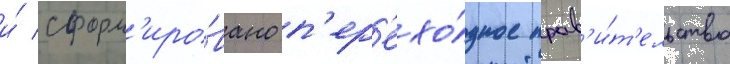
и́ сформ'иро́вано п'ер'ехо́дное прав'и́т'ельство